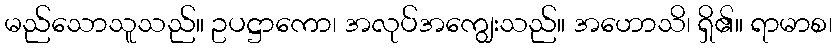
မည်သောသူသည်။ ဥပဋ္ဌာကော၊ အလုပ်အကျွေးသည်။ အဟောသိ၊ ရှိ၏။ ရာမာစ၊